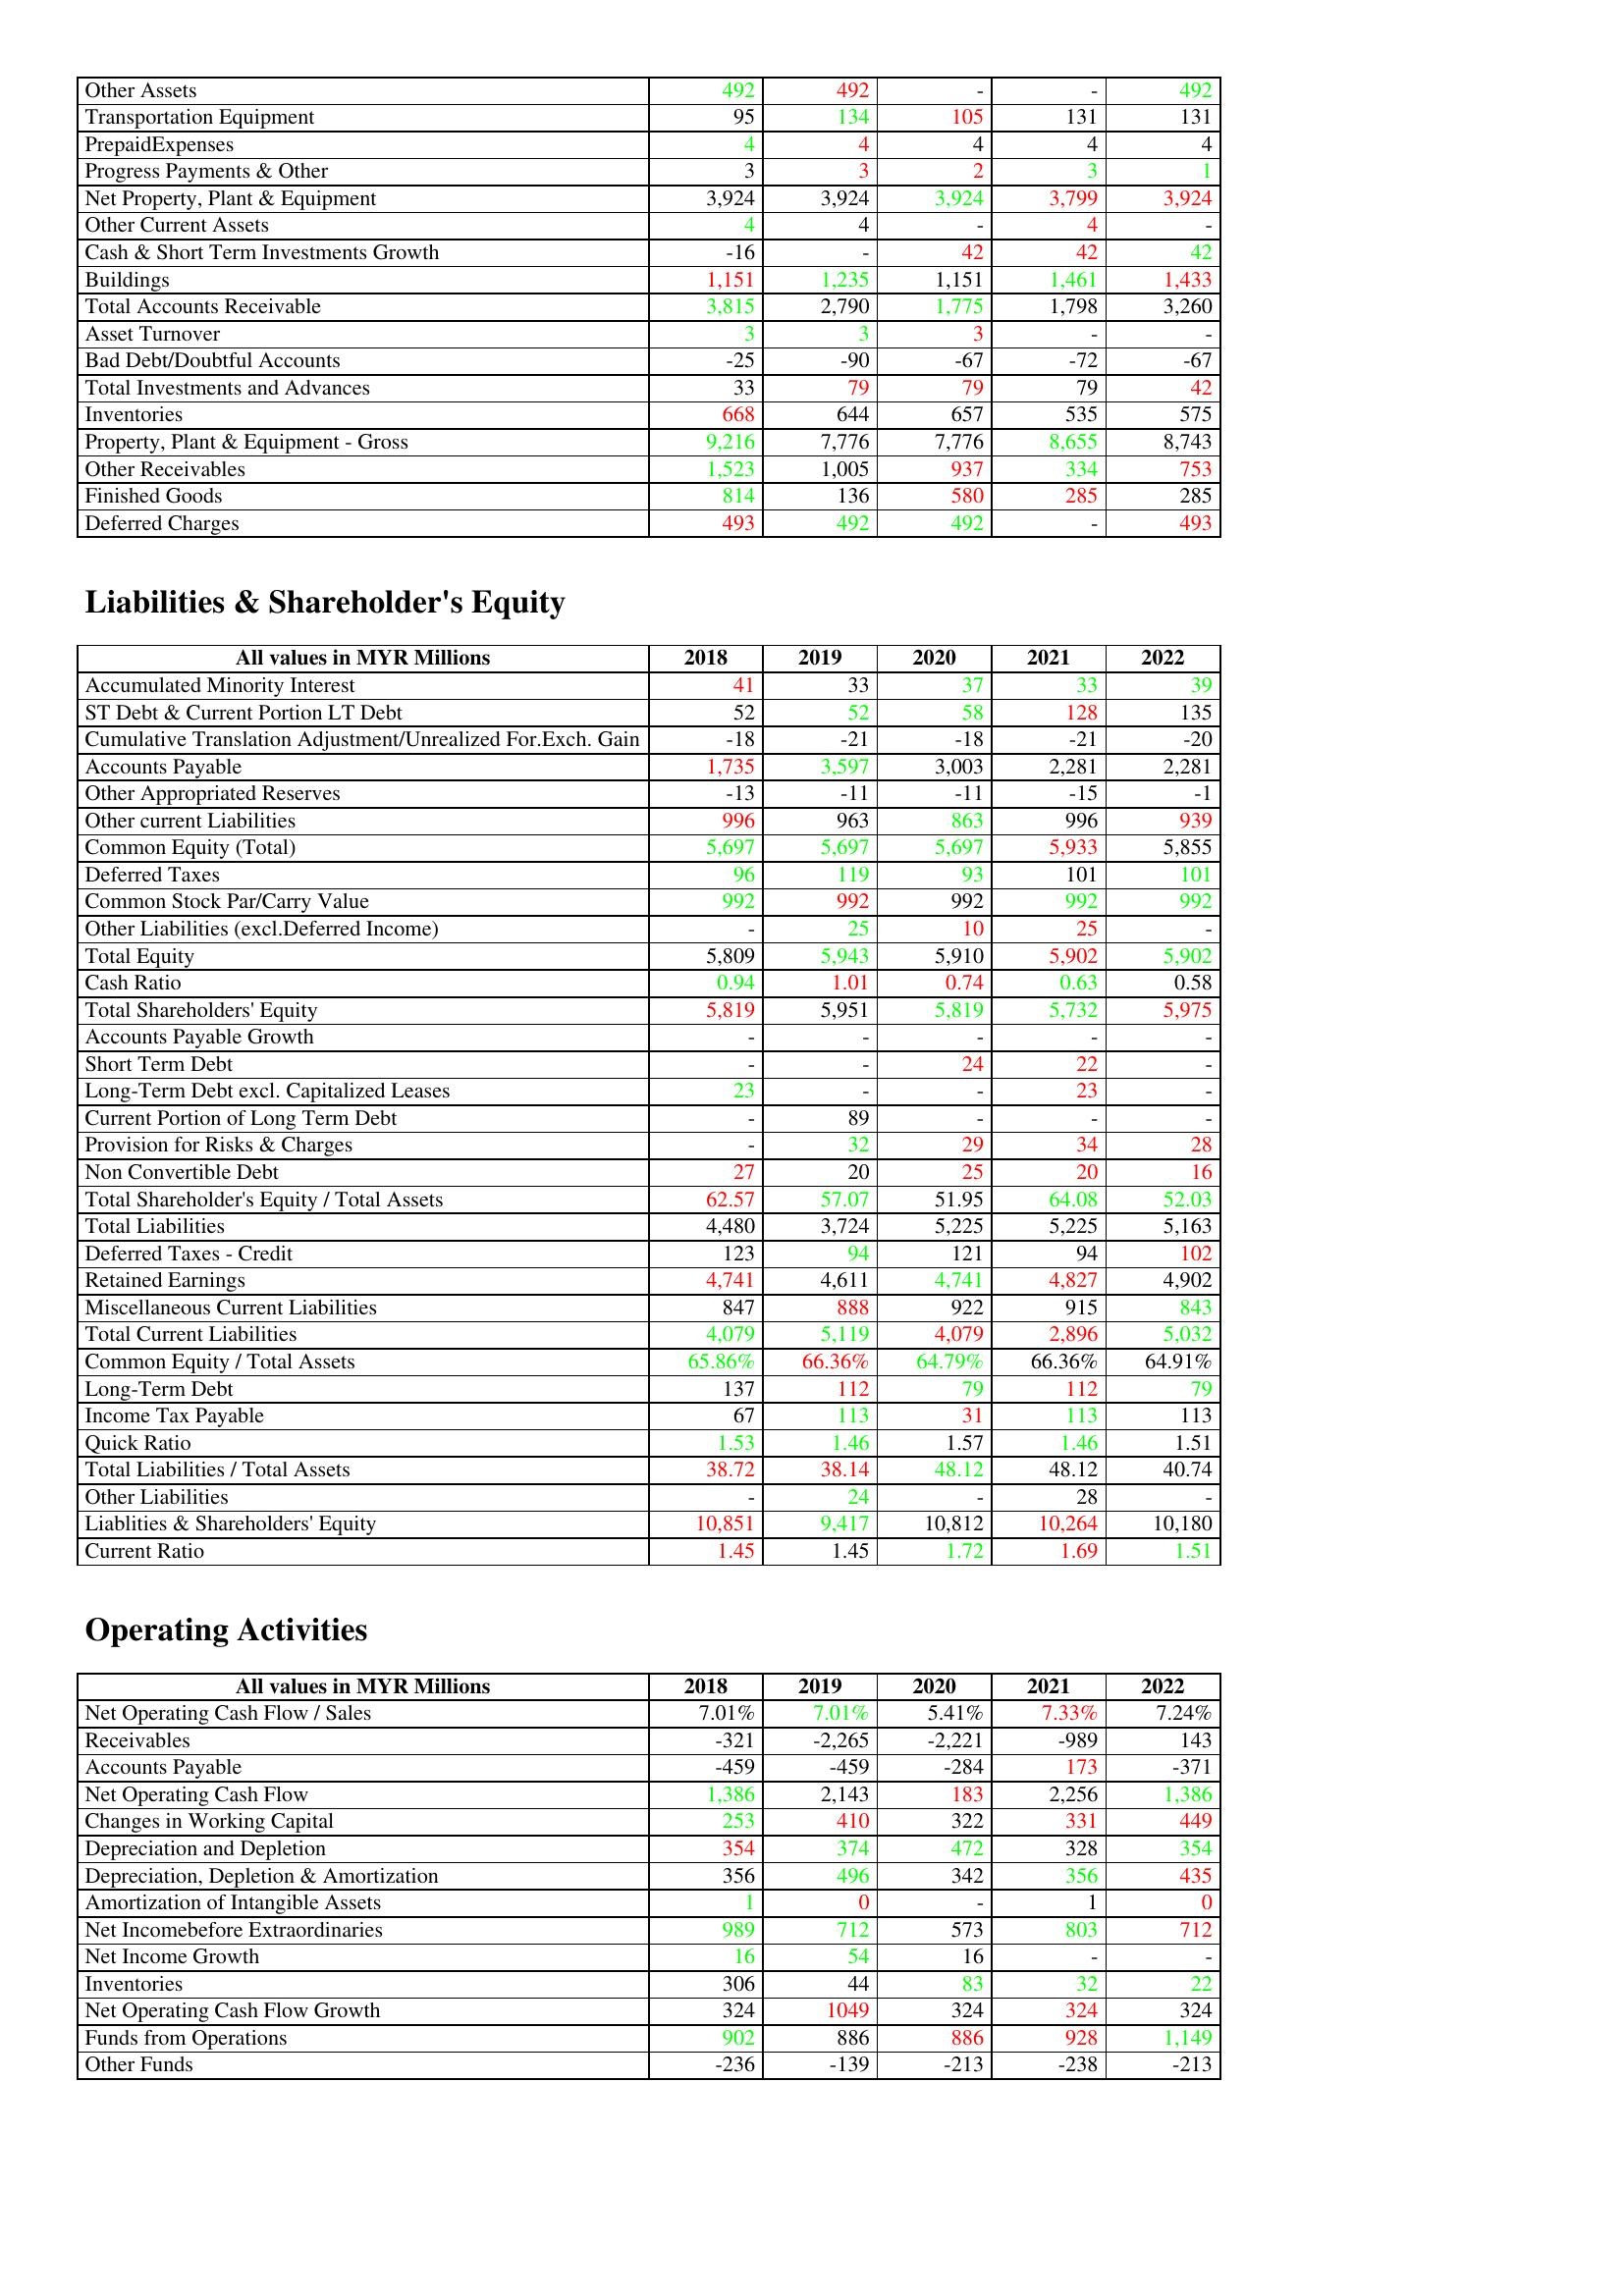
gt_parse: 2018: Assets: Other Assets: 492
Transportation Equipment: 95
PrepaidExpenses: 4
Progress Payments & Other: 3
Net Property, Plant & Equipment: 3,924
Other Current Assets: 4
Cash & Short Term Investments Growth: -16
Buildings: 1,151
Total Accounts Receivable: 3,815
Asset Turnover: 3
Bad Debt/Doubtful Accounts: -25
Total Investments and Advances: 33
Inventories: 668
Property, Plant & Equipment - Gross : 9,216
Other Receivables: 1,523
Finished Goods: 814
Deferred Charges: 493
Liabilities & Shareholder's Equity: Accumulated Minority Interest: 41
ST Debt & Current Portion LT Debt: 52
Cumulative Translation Adjustment/Unrealized For.Exch. Gain: -18
Accounts Payable: 1,735
Other Appropriated Reserves: -13
Other current Liabilities: 996
Common Equity (Total): 5,697
Deferred Taxes: 96
Common Stock Par/Carry Value: 992
Other Liabilities (excl.Deferred Income): -
Total Equity: 5,809
Cash Ratio: 0.94
Total Shareholders' Equity: 5,819
Accounts Payable Growth: -
Short Term Debt: -
Long-Term Debt excl. Capitalized Leases: 23
Current Portion of Long Term Debt: -
Provision for Risks & Charges: -
Non Convertible Debt: 27
Total Shareholder's Equity / Total Assets: 62.57
Total Liabilities: 4,480
Deferred Taxes - Credit: 123
Retained Earnings: 4,741
Miscellaneous Current Liabilities: 847
Total Current Liabilities: 4,079
Common Equity / Total Assets: 65.86%
Long-Term Debt: 137
Income Tax Payable: 67
Quick Ratio: 1.53
Total Liabilities / Total Assets: 38.72
Other Liabilities: -
Liablities & Shareholders' Equity: 10,851
Current Ratio: 1.45
Operating Activities: Net Operating Cash Flow / Sales: 7.01%
Receivables: -321
Accounts Payable: -459
Net Operating Cash Flow: 1,386
Changes in Working Capital: 253
Depreciation and Depletion: 354
Depreciation, Depletion & Amortization: 356
Amortization of Intangible Assets: 1
Net Incomebefore Extraordinaries: 989
Net Income Growth: 16
Inventories: 306
Net Operating Cash Flow Growth: 324
Funds from Operations: 902
Other Funds: -236
2019: Assets: Other Assets: 492
Transportation Equipment: 134
PrepaidExpenses: 4
Progress Payments & Other: 3
Net Property, Plant & Equipment: 3,924
Other Current Assets: 4
Cash & Short Term Investments Growth: -
Buildings: 1,235
Total Accounts Receivable: 2,790
Asset Turnover: 3
Bad Debt/Doubtful Accounts: -90
Total Investments and Advances: 79
Inventories: 644
Property, Plant & Equipment - Gross : 7,776
Other Receivables: 1,005
Finished Goods: 136
Deferred Charges: 492
Liabilities & Shareholder's Equity: Accumulated Minority Interest: 33
ST Debt & Current Portion LT Debt: 52
Cumulative Translation Adjustment/Unrealized For.Exch. Gain: -21
Accounts Payable: 3,597
Other Appropriated Reserves: -11
Other current Liabilities: 963
Common Equity (Total): 5,697
Deferred Taxes: 119
Common Stock Par/Carry Value: 992
Other Liabilities (excl.Deferred Income): 25
Total Equity: 5,943
Cash Ratio: 1.01
Total Shareholders' Equity: 5,951
Accounts Payable Growth: -
Short Term Debt: -
Long-Term Debt excl. Capitalized Leases: -
Current Portion of Long Term Debt: 89
Provision for Risks & Charges: 32
Non Convertible Debt: 20
Total Shareholder's Equity / Total Assets: 57.07
Total Liabilities: 3,724
Deferred Taxes - Credit: 94
Retained Earnings: 4,611
Miscellaneous Current Liabilities: 888
Total Current Liabilities: 5,119
Common Equity / Total Assets: 66.36%
Long-Term Debt: 112
Income Tax Payable: 113
Quick Ratio: 1.46
Total Liabilities / Total Assets: 38.14
Other Liabilities: 24
Liablities & Shareholders' Equity: 9,417
Current Ratio: 1.45
Operating Activities: Net Operating Cash Flow / Sales: 7.01%
Receivables: -2,265
Accounts Payable: -459
Net Operating Cash Flow: 2,143
Changes in Working Capital: 410
Depreciation and Depletion: 374
Depreciation, Depletion & Amortization: 496
Amortization of Intangible Assets: 0
Net Incomebefore Extraordinaries: 712
Net Income Growth: 54
Inventories: 44
Net Operating Cash Flow Growth: 1049
Funds from Operations: 886
Other Funds: -139
2020: Assets: Other Assets: -
Transportation Equipment: 105
PrepaidExpenses: 4
Progress Payments & Other: 2
Net Property, Plant & Equipment: 3,924
Other Current Assets: -
Cash & Short Term Investments Growth: 42
Buildings: 1,151
Total Accounts Receivable: 1,775
Asset Turnover: 3
Bad Debt/Doubtful Accounts: -67
Total Investments and Advances: 79
Inventories: 657
Property, Plant & Equipment - Gross : 7,776
Other Receivables: 937
Finished Goods: 580
Deferred Charges: 492
Liabilities & Shareholder's Equity: Accumulated Minority Interest: 37
ST Debt & Current Portion LT Debt: 58
Cumulative Translation Adjustment/Unrealized For.Exch. Gain: -18
Accounts Payable: 3,003
Other Appropriated Reserves: -11
Other current Liabilities: 863
Common Equity (Total): 5,697
Deferred Taxes: 93
Common Stock Par/Carry Value: 992
Other Liabilities (excl.Deferred Income): 10
Total Equity: 5,910
Cash Ratio: 0.74
Total Shareholders' Equity: 5,819
Accounts Payable Growth: -
Short Term Debt: 24
Long-Term Debt excl. Capitalized Leases: -
Current Portion of Long Term Debt: -
Provision for Risks & Charges: 29
Non Convertible Debt: 25
Total Shareholder's Equity / Total Assets: 51.95
Total Liabilities: 5,225
Deferred Taxes - Credit: 121
Retained Earnings: 4,741
Miscellaneous Current Liabilities: 922
Total Current Liabilities: 4,079
Common Equity / Total Assets: 64.79%
Long-Term Debt: 79
Income Tax Payable: 31
Quick Ratio: 1.57
Total Liabilities / Total Assets: 48.12
Other Liabilities: -
Liablities & Shareholders' Equity: 10,812
Current Ratio: 1.72
Operating Activities: Net Operating Cash Flow / Sales: 5.41%
Receivables: -2,221
Accounts Payable: -284
Net Operating Cash Flow: 183
Changes in Working Capital: 322
Depreciation and Depletion: 472
Depreciation, Depletion & Amortization: 342
Amortization of Intangible Assets: -
Net Incomebefore Extraordinaries: 573
Net Income Growth: 16
Inventories: 83
Net Operating Cash Flow Growth: 324
Funds from Operations: 886
Other Funds: -213
2021: Assets: Other Assets: -
Transportation Equipment: 131
PrepaidExpenses: 4
Progress Payments & Other: 3
Net Property, Plant & Equipment: 3,799
Other Current Assets: 4
Cash & Short Term Investments Growth: 42
Buildings: 1,461
Total Accounts Receivable: 1,798
Asset Turnover: -
Bad Debt/Doubtful Accounts: -72
Total Investments and Advances: 79
Inventories: 535
Property, Plant & Equipment - Gross : 8,655
Other Receivables: 334
Finished Goods: 285
Deferred Charges: -
Liabilities & Shareholder's Equity: Accumulated Minority Interest: 33
ST Debt & Current Portion LT Debt: 128
Cumulative Translation Adjustment/Unrealized For.Exch. Gain: -21
Accounts Payable: 2,281
Other Appropriated Reserves: -15
Other current Liabilities: 996
Common Equity (Total): 5,933
Deferred Taxes: 101
Common Stock Par/Carry Value: 992
Other Liabilities (excl.Deferred Income): 25
Total Equity: 5,902
Cash Ratio: 0.63
Total Shareholders' Equity: 5,732
Accounts Payable Growth: -
Short Term Debt: 22
Long-Term Debt excl. Capitalized Leases: 23
Current Portion of Long Term Debt: -
Provision for Risks & Charges: 34
Non Convertible Debt: 20
Total Shareholder's Equity / Total Assets: 64.08
Total Liabilities: 5,225
Deferred Taxes - Credit: 94
Retained Earnings: 4,827
Miscellaneous Current Liabilities: 915
Total Current Liabilities: 2,896
Common Equity / Total Assets: 66.36%
Long-Term Debt: 112
Income Tax Payable: 113
Quick Ratio: 1.46
Total Liabilities / Total Assets: 48.12
Other Liabilities: 28
Liablities & Shareholders' Equity: 10,264
Current Ratio: 1.69
Operating Activities: Net Operating Cash Flow / Sales: 7.33%
Receivables: -989
Accounts Payable: 173
Net Operating Cash Flow: 2,256
Changes in Working Capital: 331
Depreciation and Depletion: 328
Depreciation, Depletion & Amortization: 356
Amortization of Intangible Assets: 1
Net Incomebefore Extraordinaries: 803
Net Income Growth: -
Inventories: 32
Net Operating Cash Flow Growth: 324
Funds from Operations: 928
Other Funds: -238
2022: Assets: Other Assets: 492
Transportation Equipment: 131
PrepaidExpenses: 4
Progress Payments & Other: 1
Net Property, Plant & Equipment: 3,924
Other Current Assets: -
Cash & Short Term Investments Growth: 42
Buildings: 1,433
Total Accounts Receivable: 3,260
Asset Turnover: -
Bad Debt/Doubtful Accounts: -67
Total Investments and Advances: 42
Inventories: 575
Property, Plant & Equipment - Gross : 8,743
Other Receivables: 753
Finished Goods: 285
Deferred Charges: 493
Liabilities & Shareholder's Equity: Accumulated Minority Interest: 39
ST Debt & Current Portion LT Debt: 135
Cumulative Translation Adjustment/Unrealized For.Exch. Gain: -20
Accounts Payable: 2,281
Other Appropriated Reserves: -1
Other current Liabilities: 939
Common Equity (Total): 5,855
Deferred Taxes: 101
Common Stock Par/Carry Value: 992
Other Liabilities (excl.Deferred Income): -
Total Equity: 5,902
Cash Ratio: 0.58
Total Shareholders' Equity: 5,975
Accounts Payable Growth: -
Short Term Debt: -
Long-Term Debt excl. Capitalized Leases: -
Current Portion of Long Term Debt: -
Provision for Risks & Charges: 28
Non Convertible Debt: 16
Total Shareholder's Equity / Total Assets: 52.03
Total Liabilities: 5,163
Deferred Taxes - Credit: 102
Retained Earnings: 4,902
Miscellaneous Current Liabilities: 843
Total Current Liabilities: 5,032
Common Equity / Total Assets: 64.91%
Long-Term Debt: 79
Income Tax Payable: 113
Quick Ratio: 1.51
Total Liabilities / Total Assets: 40.74
Other Liabilities: -
Liablities & Shareholders' Equity: 10,180
Current Ratio: 1.51
Operating Activities: Net Operating Cash Flow / Sales: 7.24%
Receivables: 143
Accounts Payable: -371
Net Operating Cash Flow: 1,386
Changes in Working Capital: 449
Depreciation and Depletion: 354
Depreciation, Depletion & Amortization: 435
Amortization of Intangible Assets: 0
Net Incomebefore Extraordinaries: 712
Net Income Growth: -
Inventories: 22
Net Operating Cash Flow Growth: 324
Funds from Operations: 1,149
Other Funds: -213